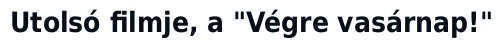
Utolsó filmje, a "Végre vasárnap!"